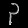
Digit: ၃